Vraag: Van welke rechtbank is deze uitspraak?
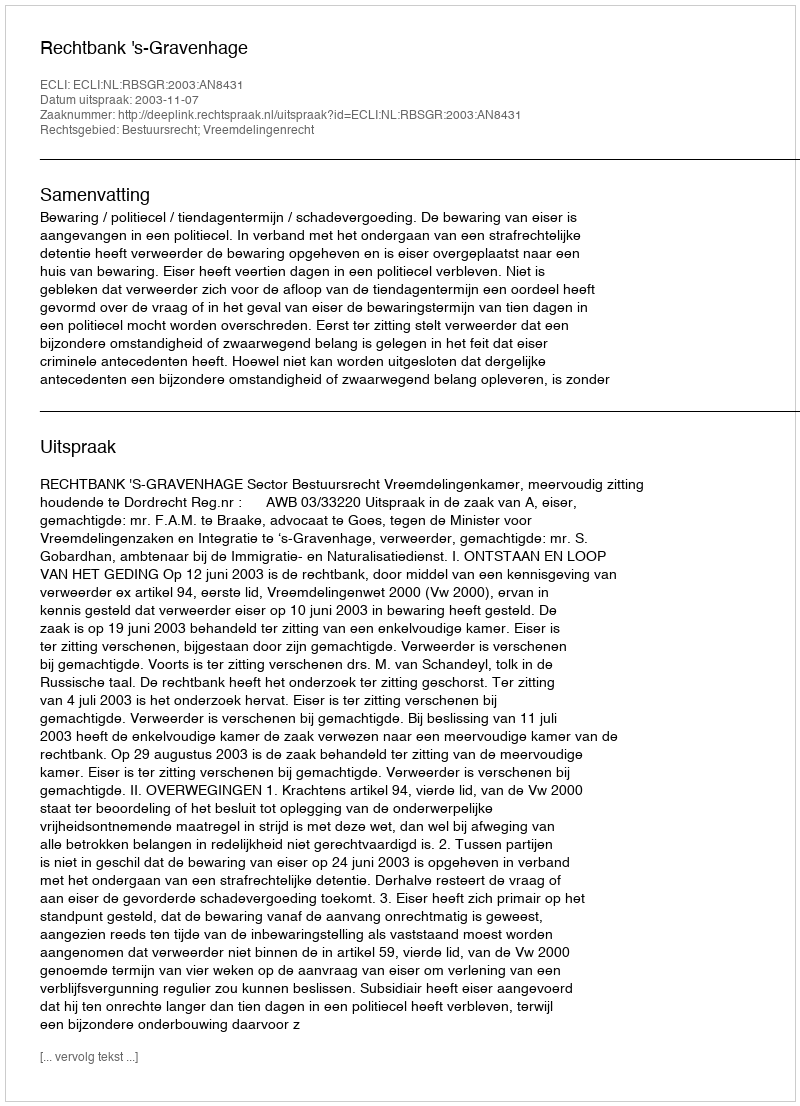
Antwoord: Rechtbank 's-Gravenhage